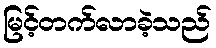
မြင့်တက်လာခဲ့သည်